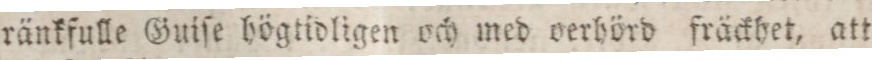
ränkfulle Guiſe högtidligen och med verhörd fräckhet, att